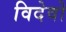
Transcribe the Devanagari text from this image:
विदेवो